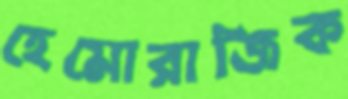
হেমোরাজিক